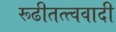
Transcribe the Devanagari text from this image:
रूढीतत्त्ववादी